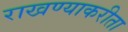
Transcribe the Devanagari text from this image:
राखण्याकरीता